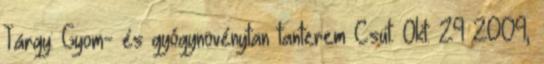
Tárgy: Gyom- és gyógynövénytan tanterem Csüt. Okt. 29 2009,